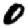
Digit: 0